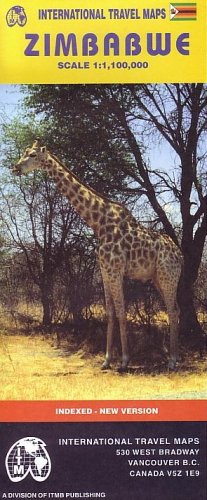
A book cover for Zimbabwe 1:1.1M Travel Map (Travel Reference Map); ITM Canada; Travel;